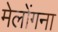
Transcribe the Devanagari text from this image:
मेलोंगना